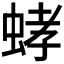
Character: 𮶾